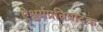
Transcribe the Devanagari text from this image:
ऐश्वर्यप्रतिपादक